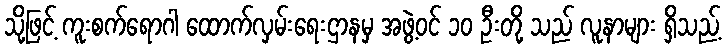
သို့ဖြင့် ကူးစက်ရောဂါ ထောက်လှမ်းရေးဌာနမှ အဖွဲ့ဝင် ၁၀ ဦးတို့ သည် လူနာများ ရှိသည့်